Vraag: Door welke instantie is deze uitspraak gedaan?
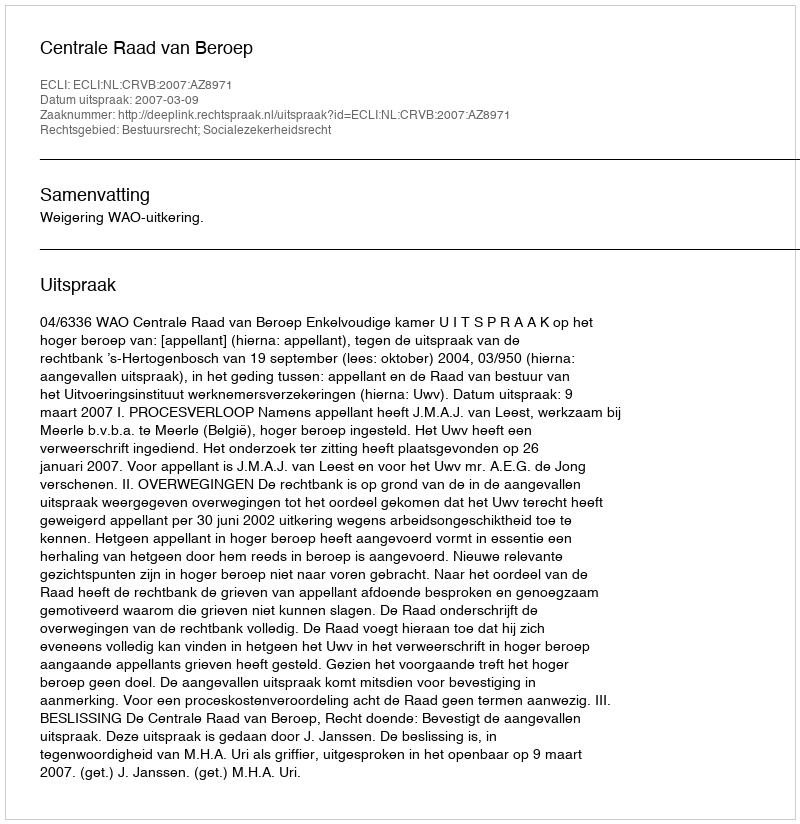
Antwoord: Centrale Raad van Beroep